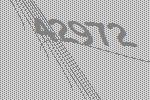
42972